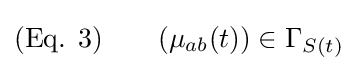
{\text{(Eq. 3)}}\qquad (\mu _{ab}(t))\in \Gamma _{S(t)}